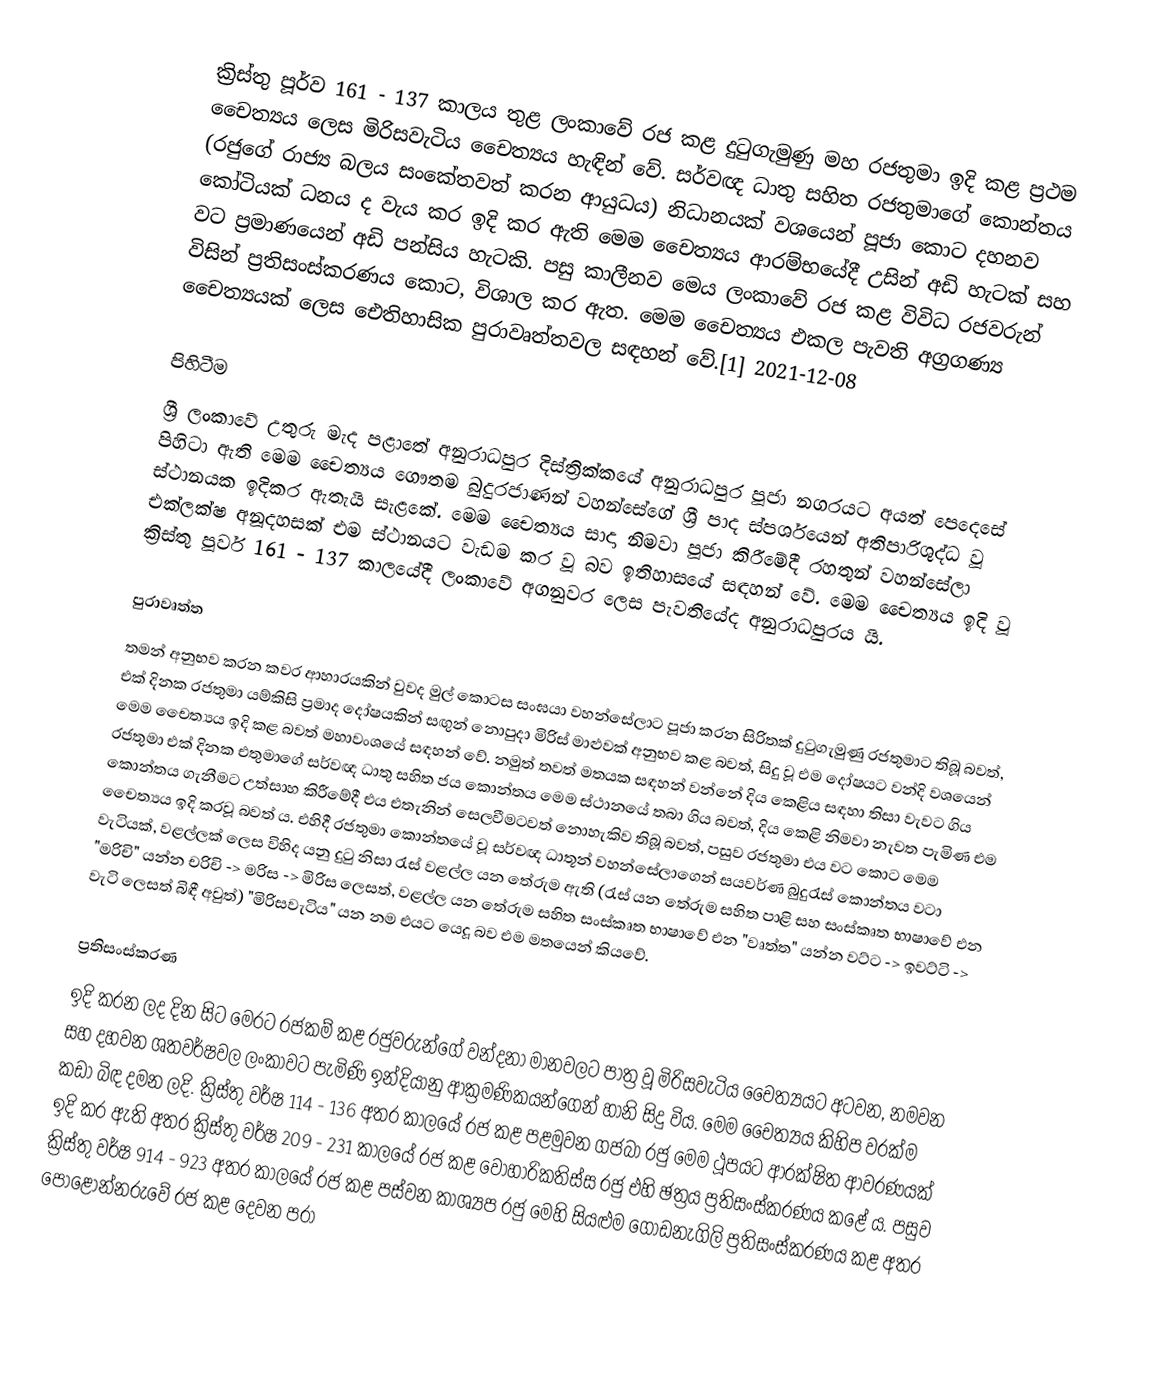
ක්‍රිස්තු පූර්ව 161 - 137 කාලය තුළ ලංකාවේ රජ කළ දුටුගැමුණු මහ රජතුමා ඉදි කළ ප්‍රථම චෛත්‍යය ලෙස මිරිසවැටිය චෛත්‍යය හැඳින් වේ. සර්වඥ ධාතු සහිත රජතුමාගේ කොන්තය (රජුගේ රාජ්‍ය බලය සංකේතවත් කරන ආයුධය) නිධානයක් වශයෙන් පූජා කොට දහනව කෝටියක් ධනය ද වැය කර ඉදි කර ඇති මෙම චෛත්‍යය ආරම්භයේදී උසින් අඩි හැටක් සහ වට ප්‍රමාණයෙන් අඩි පන්සිය හැටකි. පසු කාලීනව මෙය ලංකාවේ රජ කළ විවිධ රජවරුන් විසින් ප්‍රතිසංස්කරණය කොට, විශාල කර ඇත. මෙම චෛත්‍යය එකල පැවති අග්‍රගණ්‍ය චෛත්‍යයක් ලෙස ඓතිහාසික පුරාවෘත්තවල සඳහන් වේ.[1] 2021-12-08

පිහිටීම
ශ්‍රී ලංකාවේ උතුරු මැද පළාතේ අනුරාධපුර දිස්ත්‍රික්කයේ අනුරාධපුර පූජා නගරයට අයත් පෙදෙසේ පිහිටා ඇති මෙම චෛත්‍යය ගෞතම බුදුරජාණන් වහන්සේගේ ශ්‍රී පාද ස්පර්ශයෙන් අතිපාරිශුද්ධ වූ ස්ථානයක ඉදිකර ඇතැයි සැළකේ. මෙම චෛත්‍යය සාදා නිමවා පූජා කිරීමේදී රහතුන් වහන්සේලා එක්ලක්ෂ අනූදහසක් එම ස්ථානයට වැඩම කර වූ බව ඉතිහාසයේ සඳහන් වේ. මෙම චෛත්‍යය ඉදි වූ ක්‍රිස්තු පූර්ව 161 - 137 කාලයේදී ලංකාවේ අගනුවර ලෙස පැවතියේද අනුරාධපුරය යි.

පුරාවෘත්ත
තමන් අනුභව කරන කවර ආහාරයකින් වුවද මුල් කොටස සංඝයා වහන්සේලාට පූජා කරන සිරිතක් දුටුගැමුණු රජතුමාට තිබූ බවත්, එක් දිනක රජතුමා යම්කිසි ප්‍රමාද දෝෂයකින් සඟුන් නොපුදා මිරිස් මාළුවක් අනුභව කළ බවත්, සිදු වූ එම දෝෂයට වන්දි වශයෙන් මෙම චෛත්‍යය ඉදි කළ බවත් මහාවංශයේ සඳහන් වේ. නමුත් තවත් මතයක සඳහන් වන්නේ දිය කෙළිය සඳහා තිසා වැවට ගිය රජතුමා එක් දිනක එතුමාගේ සර්වඥ ධාතු සහිත ජය කොන්තය මෙම ස්ථානයේ තබා ගිය බවත්, දිය කෙළි නිමවා නැවත පැමිණ එම කොන්තය ගැනීමට උත්සාහ කිරීමේදී එය එතැනින් සෙලවීමටවත් නොහැකිව තිබූ බවත්, පසුව රජතුමා එය වට කොට මෙම චෛත්‍යය ඉදි කරවූ බවත් ය. එහිදී රජතුමා කොන්තයේ වූ සර්වඥ ධාතූන් වහන්සේලාගෙන් සයවර්ණ බුදුරැස් කොන්තය වටා වැටියක්, වළල්ලක් ලෙස විහිද යනු දුටු නිසා රැස් වළල්ල යන තේරුම ඇති (රැස් යන තේරුම සහිත පාළි සහ සංස්කෘත භාෂාවේ එන "මරිචි" යන්න චරිචි -> මරිස -> මිරිස ලෙසත්, වළල්ල යන තේරුම සහිත සංස්කෘත භාෂාවේ එන "වෘත්ත" යන්න වට්ට -> ඉවට්ටි -> වැටි ලෙසත්  බිඳී අවුත්) "මිරිසවැටිය" යන නම එයට යෙදූ බව එම මතයෙන් කියවේ.

ප්‍රතිසංස්කරණ
ඉදි කරන ලද දින සිට මෙරට රජකම් කළ රජුවරුන්ගේ වන්දනා මානවලට පාත්‍ර වූ මිරිසවැටිය චෛත්‍යයට අටවන, නමවන සහ දහවන ශතවර්ෂවල ලංකාවට පැමිණි ඉන්දියානු ආක්‍රමණිකයන්ගෙන් හානි සිදු විය. මෙම චෛත්‍යය කිහිප වරක්ම කඩා බිඳ දමන ලදි. ක්‍රිස්තු වර්ෂ 114 - 136 අතර කාලයේ රජ කළ පළමුවන ගජබා රජු මෙම ථූපයට ආරක්ෂිත ආවරණයක් ඉදි කර ඇති අතර ක්‍රිස්තු වර්ෂ 209 - 231 කාලයේ රජ කළ වෝහාරිකතිස්ස රජු එහි ඡත්‍රය ප්‍රතිසංස්කරණය කළේ ය. පසුව ක්‍රිස්තු වර්ෂ 914 - 923 අතර කාලයේ රජ කළ පස්වන කාශ්‍යප රජු මෙහි සියළුම ගොඩනැගිලි ප්‍රතිසංස්කරණය කළ අතර පොළොන්නරුවේ රජ කළ දෙවන පරා